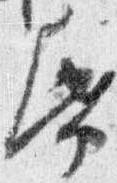
帋